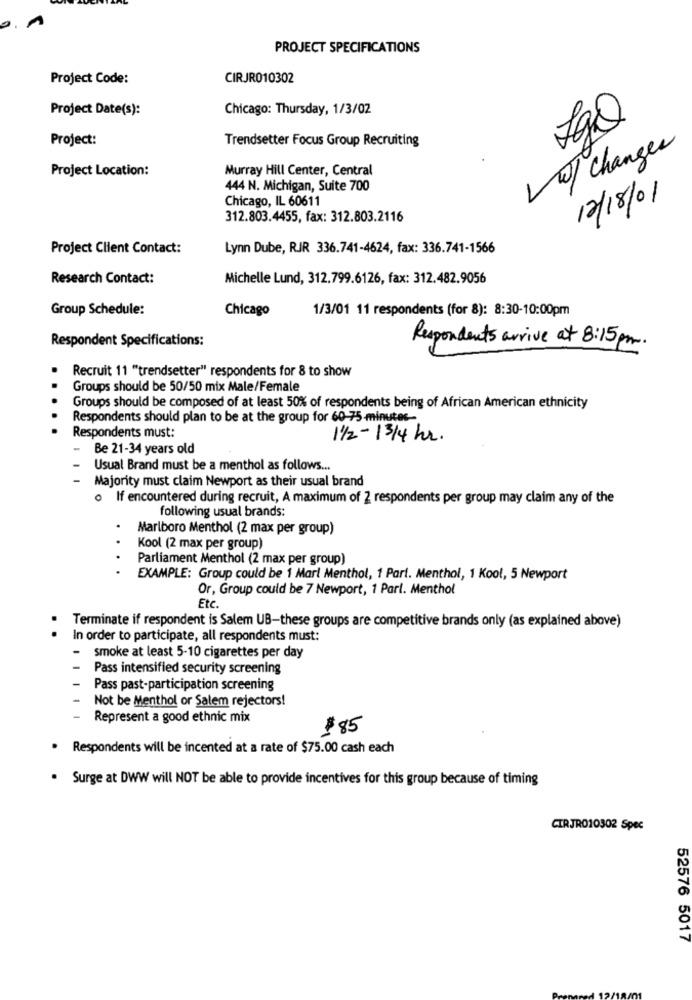
PROJECT SPECIFICATIONS
Project Code:
CIRJR010302
Project Date(s):
Chicago: Thursday, 1/3/02
Project:
Trendsetter Focus Group Recruiting
w/ Changes
Project Location:
Murray Hill Center, Central
444 N. Michigan, Suite 700
Chicago, IL 60611
12/18/01
312.803.4455, fax: 312.803.2116
Project Client Contact:
Lynn Dube, RJR 336.741-4624, fax: 336.741-1566
Research Contact:
Michelle Lund, 312.799.6126, fax: 312.482.9056
Group Schedule:
Chicago
1/3/01 11 respondents (for 8): 8:30-10:00pm
Respondent Specifications:
Respondents arrive at 8:15 pm.
Recruit 11 "trendsetter" respondents for 8 to show
Groups should be 50/50 mix Male/Female
Groups should be composed of at least 50% of respondents being of African American ethnicity
Respondents should plan to be at the group for 60-75 -minutes-
Respondents must:
1/2 - 13/4 hr.
Be 21-34 years old
Usual Brand must be a menthol as follows ...
Majority must claim Newport as their usual brand
o If encountered during recruit, A maximum of 2 respondents per group may claim any of the
following usual brands:
Marlboro Menthol (2 max per group)
Kool (2 max per group)
Parliament Menthol (2 max per group)
....
EXAMPLE: Group could be 1 Mart Menthol, 1 Part. Menthol, 1 Kool, 5 Newport
Or, Group could be 7 Newport, 1 Parl. Menthol
Etc
Terminate if respondent is Salem UB-these groups are competitive brands only (as explained above)
In order to participate, all respondents must:
-
smoke at least 5-10 cigarettes per day
Pass intensified security screening
Pass past-participation screening
Not be Menthol or Salem rejectors!
Represent a good ethnic mix
$85
Respondents will be incented at a rate of $75.00 cash each
. Surge at DWW will NOT be able to provide incentives for this group because of timing
CIRJR010302 Spec
52576 5017